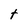
Character: t